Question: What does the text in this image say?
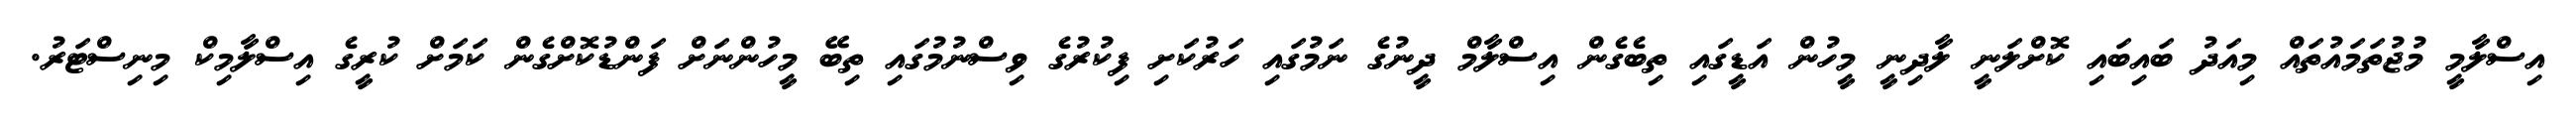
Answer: އިސްލާމީ މުޖުތަމައުތައް މިއަދު ބައިބައި ކޮށްލަނީ ލާދިނީ މީހުން އަޑީގައި ތިބެގެން އިސްލާމް ދީނުގެ ނަމުގައި ހަރުކަށި ފިކުރުގެ ވިސްނުމުގައި ތިބޭ މީހުންނަށް ފަންޑުކޮށްގެން ކަމަށް ކުރީގެ އިސްލާމިކް މިނިސްޓަރު.